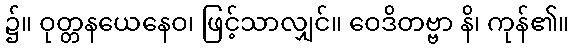
၌။ ဝုတ္တနယေနေဝ၊ ဖြင့်သာလျှင်။ ဝေဒိတဗ္ဗာ နိ၊ ကုန်၏။